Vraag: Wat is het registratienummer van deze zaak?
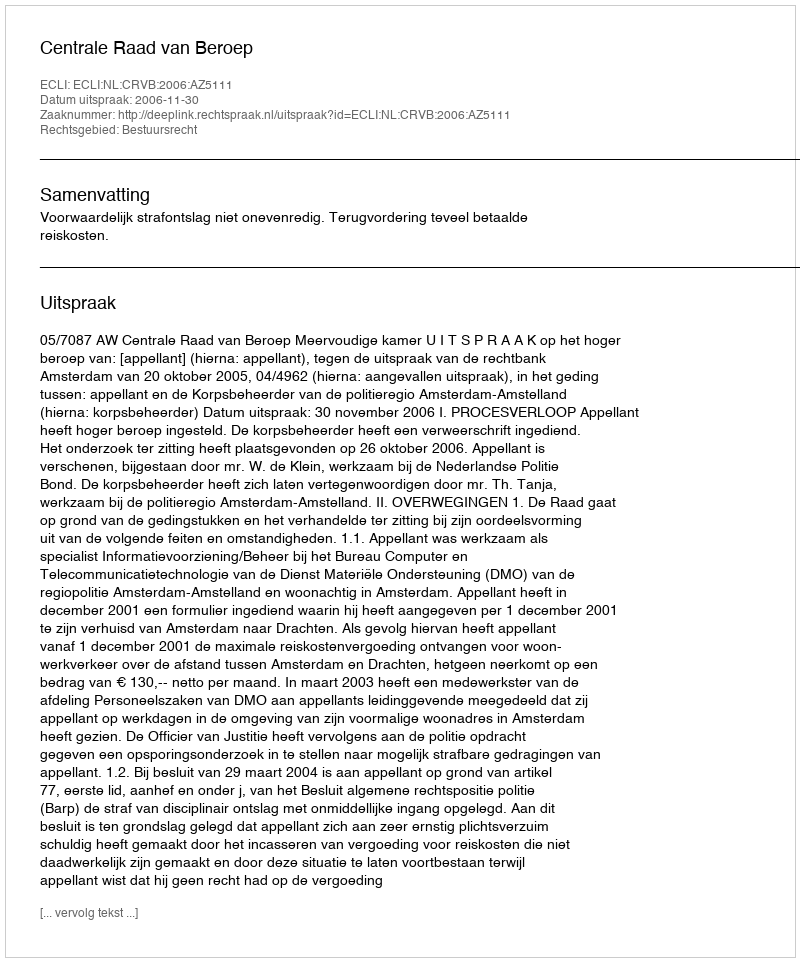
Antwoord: http://deeplink.rechtspraak.nl/uitspraak?id=ECLI:NL:CRVB:2006:AZ5111